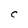
Character: C